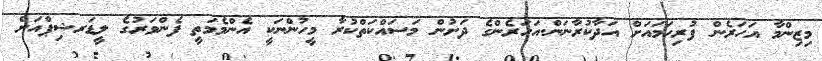
މިޒިންމާ އަހަރެން ފުރިހަމައަށް އަދާކުރާނަން.އަހަރެންގެ ދަށުން މަސައްކަތްކުރާ މީހުންނަކީ އެންމެމަތީ ފެންވަރުގެ ލީޑަރޝިޕްއަށް